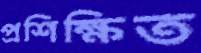
প্রশিক্ষিত